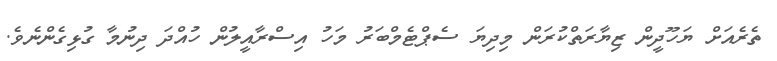
ތެރެއަށް ޔަހޫދީން ޒިޔާރަތްކުރަން މިދިޔަ ސެޕްޓެމްބަރު މަހު އިސްރާއީލުން ހުއްދަ ދިނުމާ ގުޅިގެންނެވެ.